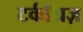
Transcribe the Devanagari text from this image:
टर्कॉयज़